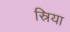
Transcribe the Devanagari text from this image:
स्रिया